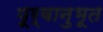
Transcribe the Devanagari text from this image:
पूर्वानुभूत